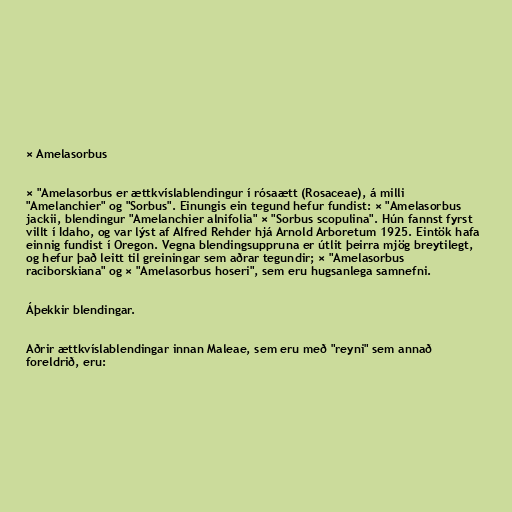
× Amelasorbus

× "Amelasorbus er ættkvíslablendingur í rósaætt (Rosaceae), á milli
"Amelanchier" og "Sorbus". Einungis ein tegund hefur fundist: × "Amelasorbus
jackii, blendingur "Amelanchier alnifolia" × "Sorbus scopulina". Hún fannst fyrst
villt í Idaho, og var lýst af Alfred Rehder hjá Arnold Arboretum 1925. Eintök hafa
einnig fundist í Oregon. Vegna blendingsuppruna er útlit þeirra mjög breytilegt,
og hefur það leitt til greiningar sem aðrar tegundir; × "Amelasorbus
raciborskiana" og × "Amelasorbus hoseri", sem eru hugsanlega samnefni.

Áþekkir blendingar.

Aðrir ættkvíslablendingar innan Maleae, sem eru með "reyni" sem annað
foreldrið, eru: